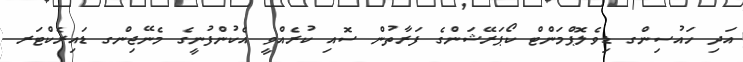
އަދި ހައުސިންގ ޑިވެލޮޕްމަންޓް ކޯޕަރޭޝަންގެ ފަރާތުން ސޮއި ކުރެއްވީ އެކުންފުނީގެ މެނޭޖިންގ ޑައިރެކްޓަރ